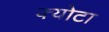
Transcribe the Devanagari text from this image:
क्योटा